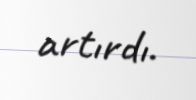
artırdı.